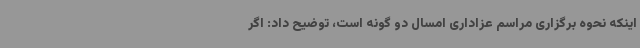
اینکه نحوه برگزاری مراسم عزاداری امسال دو گونه است، توضیح داد: اگر